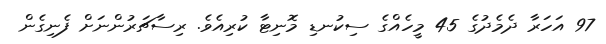
97 އަހަރާ ދެމެދުގެ 45 މީހެއްގެ ސިކުނޑި މޮނިޓާ ކުރިއެވެ. ރިސާޗަރުންނަށް ފެނިގެން